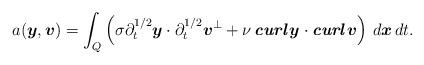
LaTeX: \begin{align*} a(\boldsymbol{y},\boldsymbol{v}) = \int_{Q} \left(\sigma \partial_t^{1/2} \boldsymbol{y} \cdot \partial_t^{1/2} \boldsymbol{v}^{\perp} + \nu \, \emph{\textbf{curl}} \, \boldsymbol{y} \cdot \emph{\textbf{curl}} \, \boldsymbol{v} \right)\, d\boldsymbol{x}\,dt. \end{align*}